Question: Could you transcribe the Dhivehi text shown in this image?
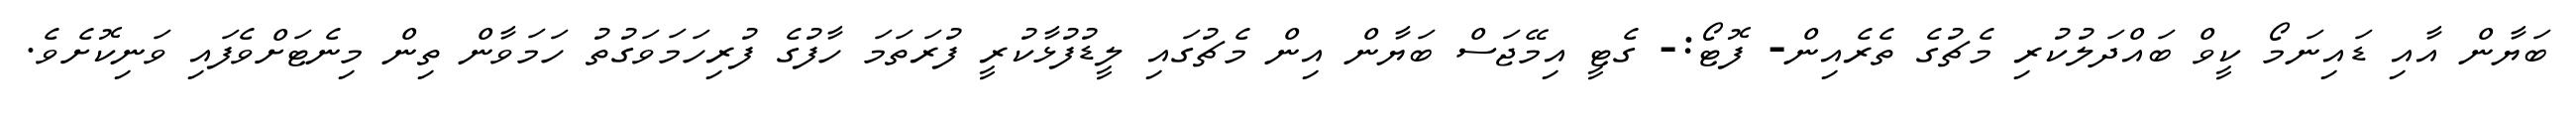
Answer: ބަޔާން އާއި ޑައިނަމޯ ކީވް ބައްދަލުކުރި މެޗުގެ ތެރެއިން- ފޮޓޯ:- ގެޓީ އިމޭޖަސް ބަޔާން އިން މެޗުގައި ލީޑުފުޅާކުރީ ފުރަތަމަ ހާފުގެ ފުރިހަމަވަގުތު ހަމަވާން ތިން މިނެޓަށްވެފައި ވަނިކޮށެވެ.